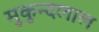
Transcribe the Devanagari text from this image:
मुकुन्दलाल